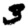
Digit: 3